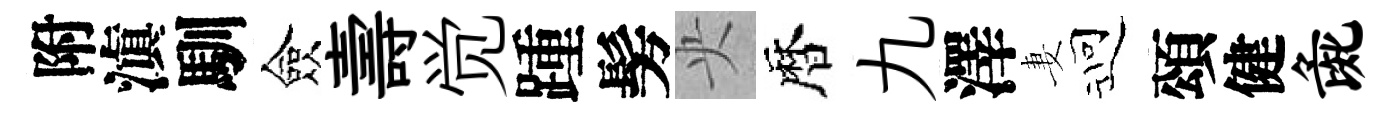
附滇馴僉壽觉踵髣央暦九澤妻迎頌健彘